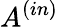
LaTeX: A^{(in)}